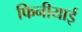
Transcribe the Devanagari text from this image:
फिनीयाई